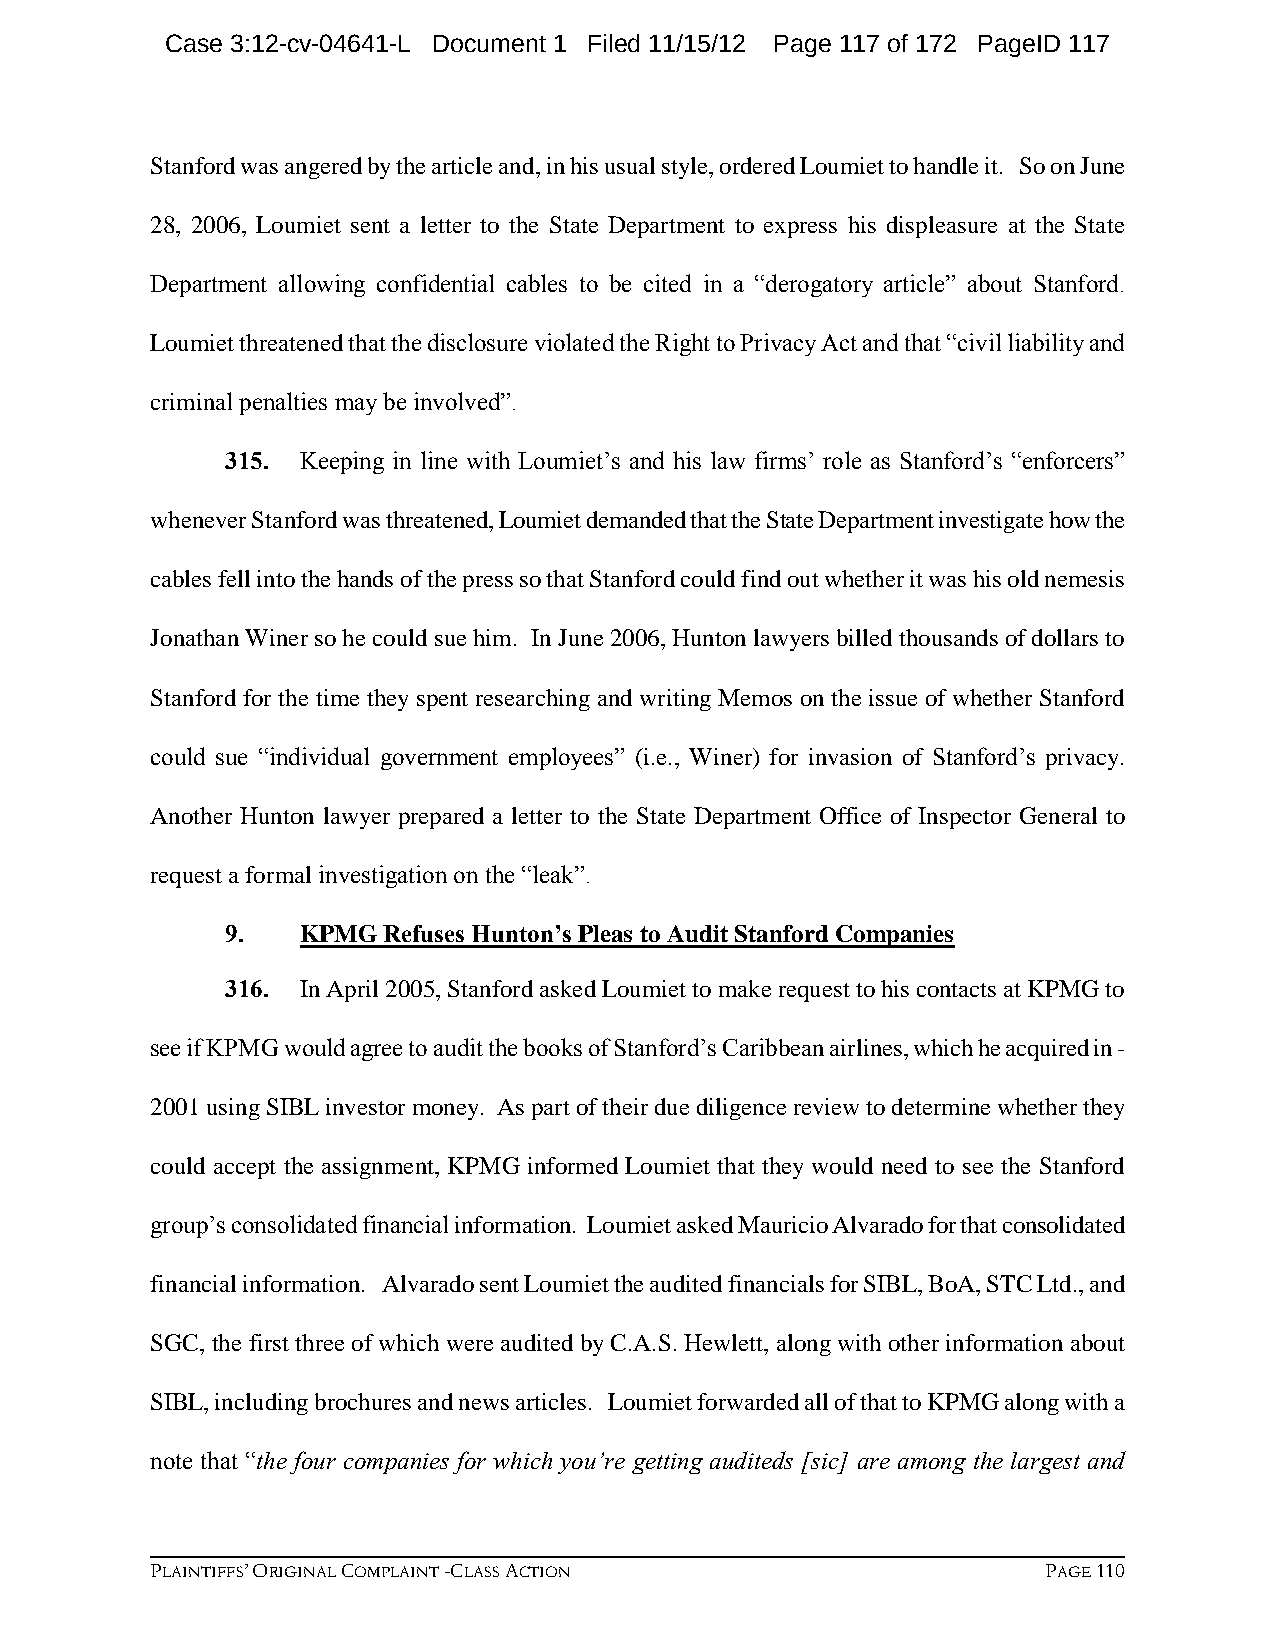
Case 3:12-cv-04641-L Document 1 Filed 11/15/12 Page 117 of 172 PageID 117
 Stanford was angered by the article and, in his usual style, ordered Loumiet to handle it. So on June
 28, 2006, Loumiet sent a letter to the State Department to express his displeasure at the State
 Department allowing confidential cables to be cited in a “derogatory article” about Stanford.
 Loumiet threatened that the disclosure violated the Right to Privacy Act and that “civil liability and
 criminal penalties may be involved”.
 315. Keeping in line with Loumiet’s and his law firms’ role as Stanford’s “enforcers”
 whenever Stanford was threatened, Loumiet demanded that the State Department investigate how the
 cables fell into the hands of the press so that Stanford could find out whether it was his old nemesis
 Jonathan Winer so he could sue him. In June 2006, Hunton lawyers billed thousands of dollars to
 Stanford for the time they spent researching and writing Memos on the issue of whether Stanford
 could sue “individual government employees” (i.e., Winer) for invasion of Stanford’s privacy.
 Another Hunton lawyer prepared a letter to the State Department Office of Inspector General to
 request a formal investigation on the “leak”.
 9.   KPMG Refuses Hunton’s Pleas to Audit Stanford Companies
 316. In April 2005, Stanford asked Loumiet to make request to his contacts at KPMG to
 see if KPMG would agree to audit the books of Stanford’s Caribbean airlines, which he acquired in -
 2001 using SIBL investor money. As part of their due diligence review to determine whether they
 could accept the assignment, KPMG informed Loumiet that they would need to see the Stanford
 group’s consolidated financial information. Loumiet asked Mauricio Alvarado for that consolidated
 financial information. Alvarado sent Loumiet the audited financials for SIBL, BoA, STC Ltd., and
 SGC, the first three of which were audited by C.A.S. Hewlett, along with other information about
 SIBL, including brochures and news articles. Loumiet forwarded all of that to KPMG along with a
 note that “the four companies for which you’re getting auditeds [sic] are among the largest and
 PLAINTIFFS’ ORIGINAL COMPLAINT -CLASS ACTION               PAGE 110